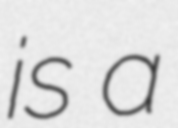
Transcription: is a